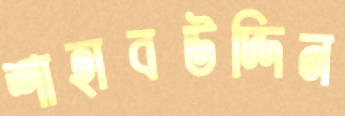
শাহাবউদ্দিন